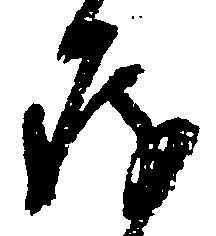
存